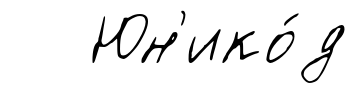
Юн'ико́д